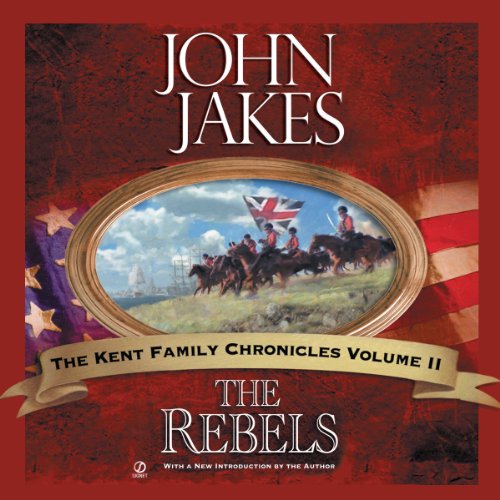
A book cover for The Rebels: The Kent Family Chronicles, Book 2; John Jakes; Literature & Fiction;